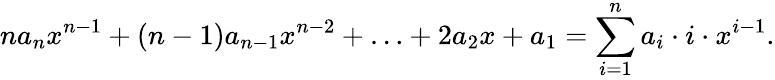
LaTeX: na_{n}x^{n-1}+(n-1)a_{n-1}x^{n-2}+\ldots+2a_{2}x+a_{1}=\sum_{i=1}^{n}a_{i}\cdot i\cdot x^{i-1}.